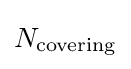
{\textstyle N_{\text{covering}}}